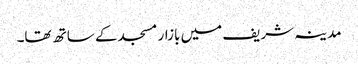
مدینہ شریف میں بازار مسجد کے ساتھ تھا۔